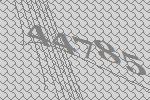
44785